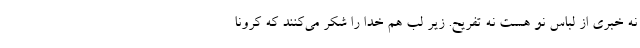
نه خبری از لباس نو هست نه تفریح. زیر لب هم خدا را شکر می‌کنند که کرونا